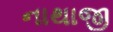
નાથાજી